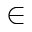
\in